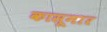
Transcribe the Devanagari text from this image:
कासूमार